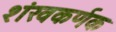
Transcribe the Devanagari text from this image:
शंखकर्णक